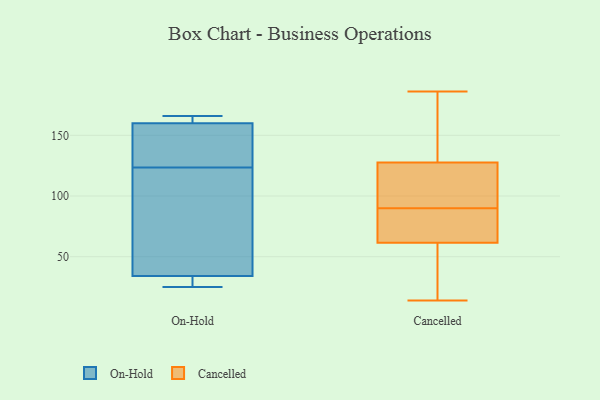
{"axis": {"x": "Shipments", "y": "Value"}, "legend": ["Cancelled", "On-Hold"], "data": [{"x": "", "y": 160, "type": "On-Hold"}, {"x": "", "y": 25, "type": "On-Hold"}, {"x": "", "y": 134, "type": "On-Hold"}, {"x": "", "y": 28, "type": "On-Hold"}, {"x": "", "y": 127, "type": "On-Hold"}, {"x": "", "y": 108, "type": "On-Hold"}, {"x": "", "y": 120, "type": "On-Hold"}, {"x": "", "y": 161, "type": "On-Hold"}, {"x": "", "y": 34, "type": "On-Hold"}, {"x": "", "y": 166, "type": "On-Hold"}, {"x": "", "y": 84, "type": "Cancelled"}, {"x": "", "y": 71, "type": "Cancelled"}, {"x": "", "y": 135, "type": "Cancelled"}, {"x": "", "y": 61, "type": "Cancelled"}, {"x": "", "y": 59, "type": "Cancelled"}, {"x": "", "y": 81, "type": "Cancelled"}, {"x": "", "y": 110, "type": "Cancelled"}, {"x": "", "y": 120, "type": "Cancelled"}, {"x": "", "y": 83, "type": "Cancelled"}, {"x": "", "y": 62, "type": "Cancelled"}, {"x": "", "y": 61, "type": "Cancelled"}, {"x": "", "y": 166, "type": "Cancelled"}, {"x": "", "y": 168, "type": "Cancelled"}, {"x": "", "y": 96, "type": "Cancelled"}, {"x": "", "y": 178, "type": "Cancelled"}, {"x": "", "y": 96, "type": "Cancelled"}, {"x": "", "y": 14, "type": "Cancelled"}, {"x": "", "y": 99, "type": "Cancelled"}, {"x": "", "y": 49, "type": "Cancelled"}, {"x": "", "y": 186, "type": "Cancelled"}]}